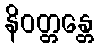
နိဝတ္တန္တေ